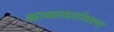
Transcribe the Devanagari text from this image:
काव्यादर्शावरचा